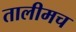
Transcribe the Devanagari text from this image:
तालीमच